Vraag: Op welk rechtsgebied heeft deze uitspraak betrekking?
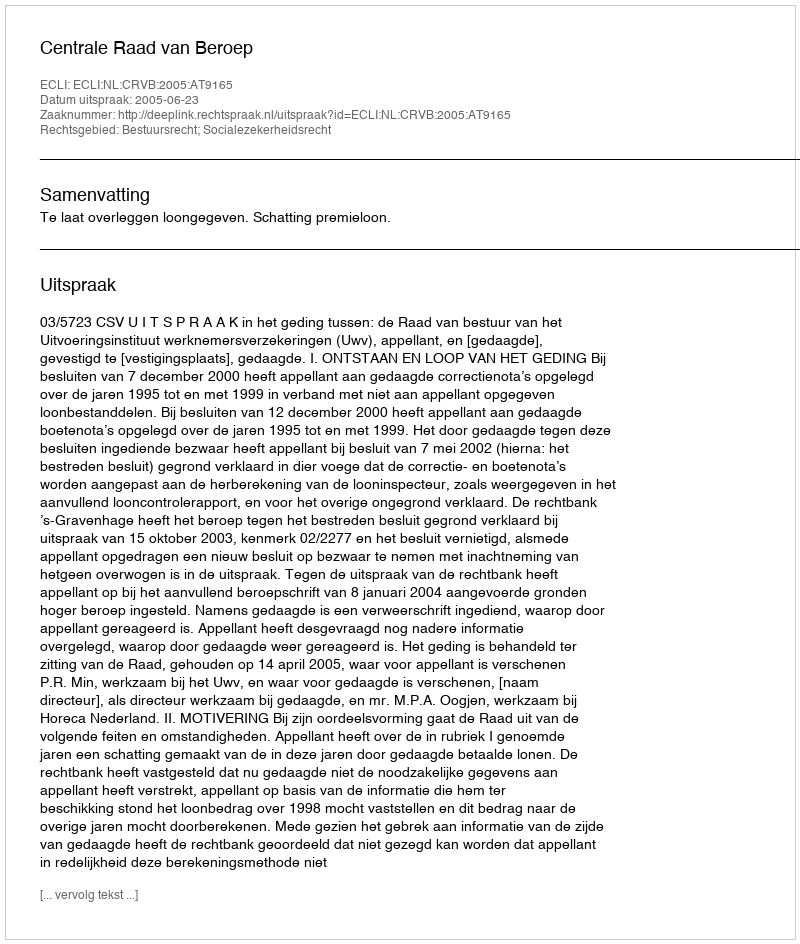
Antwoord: Bestuursrecht; Socialezekerheidsrecht